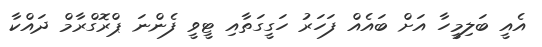
އެއީ ބަލިމީހާ އަށް ބައެއް ފަހަރު ހަގީގަތާއި ޓީވީ ފެންނަ ޕްރޮގްރާމް ދައްކާ